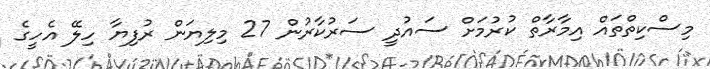
މިސްކިތްތައް އިމާރާތް ކުރުމަށް ސައުދީ ސަރުކާރުން 27 މިލިޔަން ރުފިޔާ ހިލޭ އެހީގެ